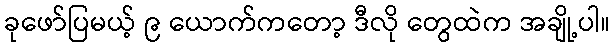
ခုဖော်ပြမယ့် ၉ ယောက်ကတော့ ဒီလို တွေထဲက အချို့ပါ။